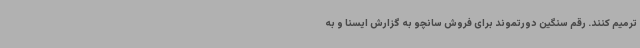
ترمیم کنند. رقم سنگین دورتموند برای فروش سانچو به گزارش ایسنا و به